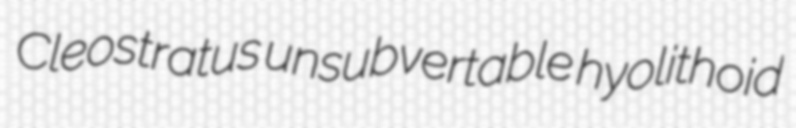
Cleostratus unsubvertable hyolithoid